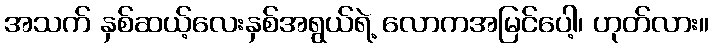
အသက် နှစ်ဆယ့်လေးနှစ်အရွယ်ရဲ့ လောကအမြင်ပေါ့၊ ဟုတ်လား။